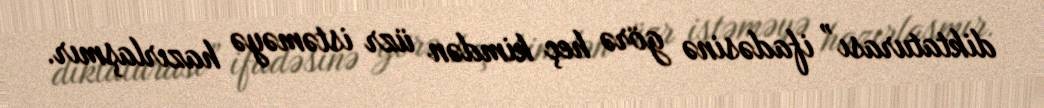
diktaturası” ifadəsinə görə heç kimdən üzr istəməyə hazırlaşmır.